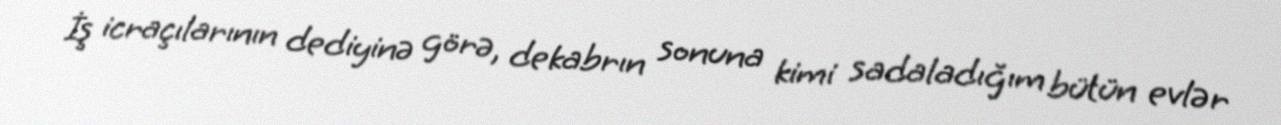
İş icraçılarının dediyinə görə, dekabrın sonuna kimi sadaladığım bütün evlər